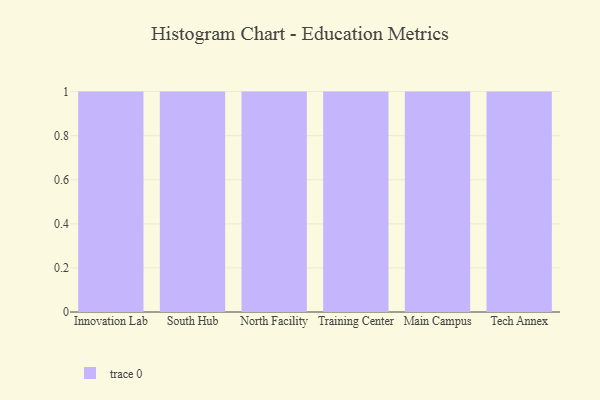
{"axis": {"x": "Campus", "y": "Humidity (%)"}, "legend": [""], "data": [{"x": "Innovation Lab", "y": 83, "type": ""}, {"x": "South Hub", "y": 93, "type": ""}, {"x": "North Facility", "y": 25, "type": ""}, {"x": "Training Center", "y": 88, "type": ""}, {"x": "Main Campus", "y": 60, "type": ""}, {"x": "Tech Annex", "y": 29, "type": ""}]}